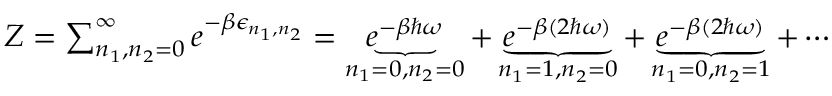
\begin{array} { r } { Z = \sum _ { n _ { 1 } , n _ { 2 } = 0 } ^ { \infty } e ^ { - \beta \epsilon _ { n _ { 1 } , n _ { 2 } } } = \underbrace { e ^ { - \beta \hbar \omega } } _ { n _ { 1 } = 0 , n _ { 2 } = 0 } + \underbrace { e ^ { - \beta ( 2 \hbar \omega ) } } _ { n _ { 1 } = 1 , n _ { 2 } = 0 } + \underbrace { e ^ { - \beta ( 2 \hbar \omega ) } } _ { n _ { 1 } = 0 , n _ { 2 } = 1 } + \cdots } \end{array}